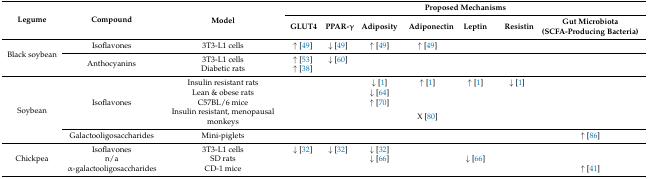
<table><thead><tr><td rowspan="2"><b>Legume</b></td><td rowspan="2"><b>Compound</b></td><td rowspan="2"><b>Model</b></td><td colspan="7"><b>Proposed Mechanisms</b></td></tr><tr><td><b>GLUT4</b></td><td><b>PPAR-γ</b></td><td><b>Adiposity</b></td><td><b>Adiponectin</b></td><td><b>Leptin</b></td><td><b>Resistin</b></td><td><b>Gut Microbiota (SCFA-Producing Bacteria)</b></td></tr></thead><tbody><tr><td rowspan="3">Black soybean</td><td>Isoflavones</td><td>3T3-L1 cells</td><td>↑ [49]</td><td>↓ [49]</td><td>↑ [49]</td><td>↑ [49]</td><td></td><td></td><td></td></tr><tr><td rowspan="2">Anthocyanins</td><td>3T3-L1 cells</td><td>↑ [53]</td><td>↓ [60]</td><td></td><td></td><td></td><td></td><td></td></tr><tr><td>Diabetic rats</td><td>↑ [38]</td><td></td><td></td><td></td><td></td><td></td><td></td></tr><tr><td rowspan="5">Soybean</td><td rowspan="4">Isoflavones</td><td>Insulin resistant rats</td><td></td><td></td><td>↓ [1]</td><td>↑ [1]</td><td>↑ [1]</td><td>↓ [1]</td><td></td></tr><tr><td>Lean &amp; obese rats</td><td></td><td></td><td>↓ [64]</td><td></td><td></td><td></td><td></td></tr><tr><td>C57BL/6 mice</td><td></td><td></td><td>↑ [70]</td><td></td><td></td><td></td><td></td></tr><tr><td>Insulin resistant, menopausal monkeys</td><td></td><td></td><td></td><td>X [80]</td><td></td><td></td><td></td></tr><tr><td>Galactooligosaccharides</td><td>Mini-piglets</td><td></td><td></td><td></td><td></td><td></td><td></td><td>↑ [86]</td></tr><tr><td rowspan="3">Chickpea</td><td>Isoflavones</td><td>3T3-L1 cells</td><td>↓ [32]</td><td>↓ [32]</td><td>↓ [32]</td><td></td><td></td><td></td><td></td></tr><tr><td>n/a</td><td>SD rats</td><td></td><td></td><td>↓ [66]</td><td></td><td>↓ [66]</td><td></td><td></td></tr><tr><td>α-galactooligosaccharides</td><td>CD-1 mice</td><td></td><td></td><td></td><td></td><td></td><td></td><td>↑ [41]</td></tr></tbody></table>